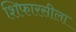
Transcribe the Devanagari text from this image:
शिफारसीला